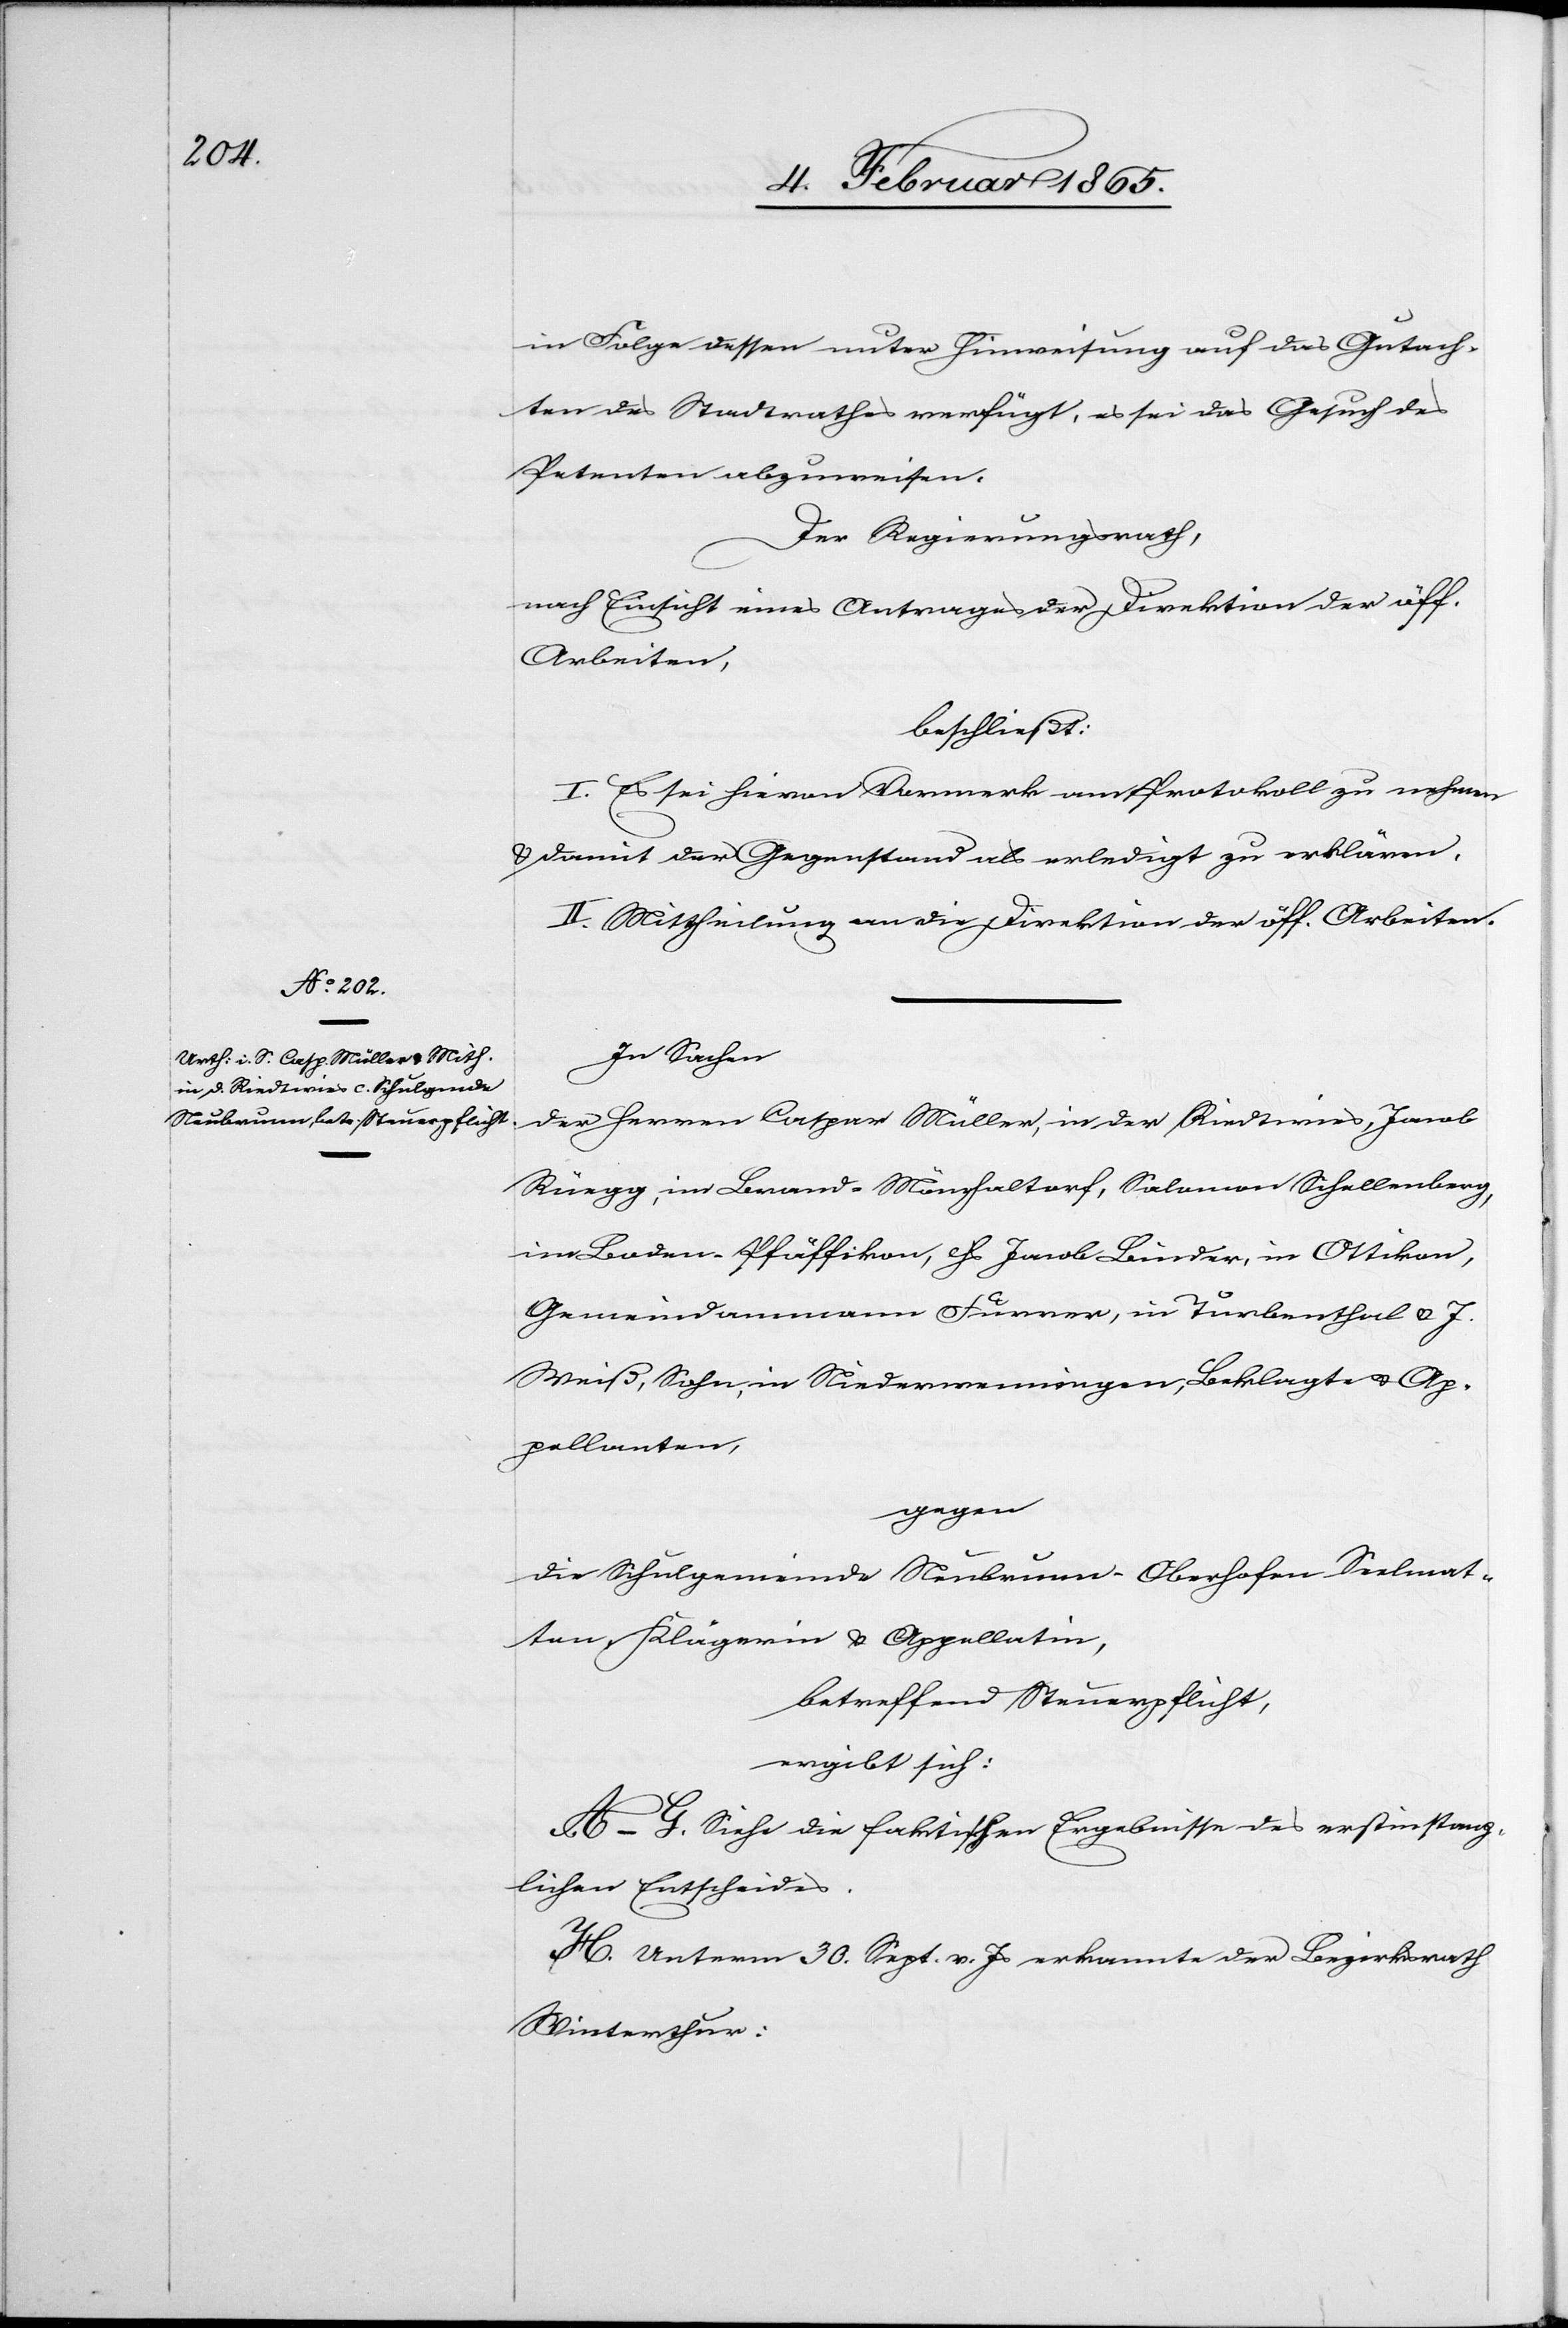
in Folge dessen unter Hinweisung auf das Gutach¬
ten des Stadtrathes verfügt, es sei das Gesuch des
Petenten abzuweisen.
Der Regierungsrath,
nach Einsicht eines Antrages der Direktion der öff.
Arbeiten,
beschließt
I. Es sei hievon Vormerk am Protokoll zu nehmen
u. damit der Gegenstand als erledigt zu erklären.
II. Mittheilung an die Direktion der öff. Arbeiten.
In Sachen
der Herren Caspar Müller, in der Riedtwies, Jacob
Rüegg, im Brand-Mönchaltorf, Salomon Schellenberg,
im Boden-Pfäffikon, Hs Jacob Binder, in Ottikon,
Gemeindammann Furrer, in Turbenthal u. J.
Weiß, Sohn, in Niederwenningen, Beklagte u. Ap¬
pellanten,
gegen
die Schulgemeinde Neubrunn-Oberhofen-Seelmat¬
ten, Klägerin u. Appellatin,
betreffend Steuerpflicht,
ergibt sich:
A–G. Siehe die faktischen Ergebnisse des erstinstanz¬
lichen Entscheides.
H. Unterm 30. Sept. v. Js erkannte der Bezirksrath
Winterthur: